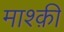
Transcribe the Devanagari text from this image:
माश्क़ी